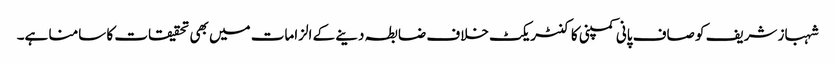
شہباز شریف کو صاف پانی کمپنی کا کنٹریکٹ خلاف ضابطہ دینے کے الزامات میں بھی تحقیقات کا سامنا ہے۔